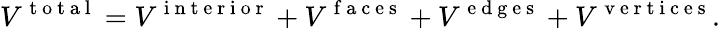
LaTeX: V^{\mathrm{~t~o~t~a~l~}}=V^{\mathrm{~i~n~t~e~r~i~o~r~}}+V^{\mathrm{~f~a~c~e~s~}}+V^{\mathrm{~e~d~g~e~s~}}+V^{\mathrm{~v~e~r~t~i~c~e~s~}}.